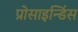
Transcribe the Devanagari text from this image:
प्रोसाइन्डिंस